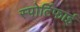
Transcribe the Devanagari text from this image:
स्पोर्टिफाई